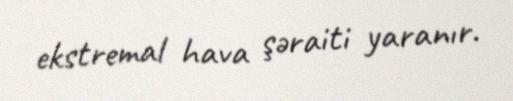
ekstremal hava şəraiti yaranır.